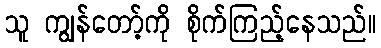
သူ ကျွန်တော့်ကို စိုက်ကြည့်နေသည်။